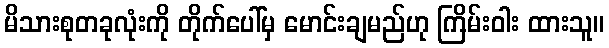
မိသားစုတခုလုံးကို တိုက်ပေါ်မှ မောင်းချမည်ဟု ကြိမ်းဝါး ထားသူ။